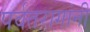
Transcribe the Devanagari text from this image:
पर्वतरागांनी